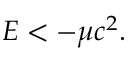
E < - \mu c ^ { 2 } .